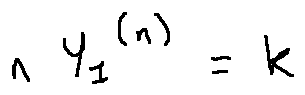
n Y _ { 1 } ^ { ( n ) } = k